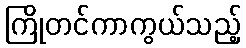
ကြိုတင်ကာကွယ်သည့်